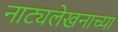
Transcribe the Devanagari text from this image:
नाट्यलेखनाच्या